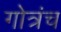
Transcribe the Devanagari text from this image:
गोत्रंच